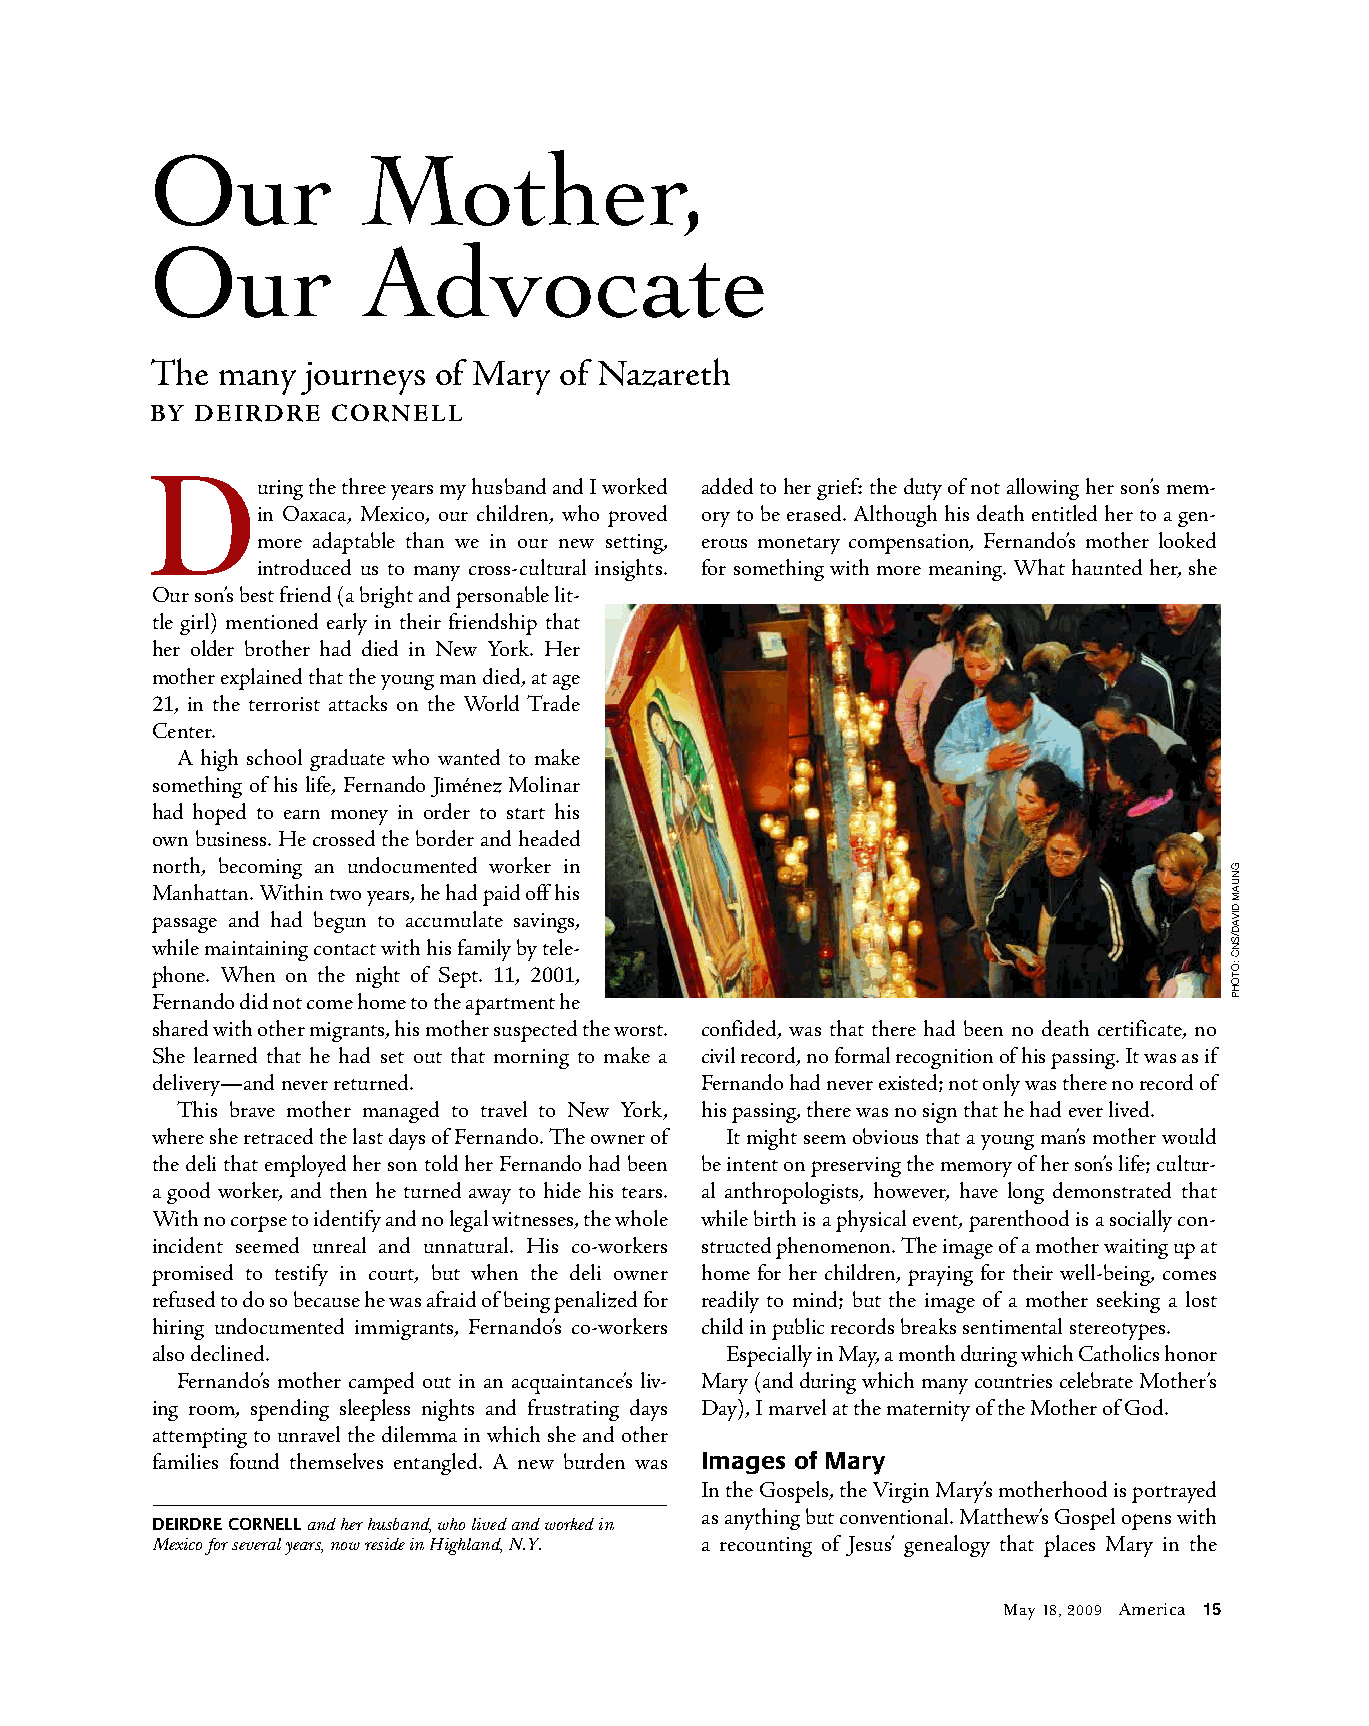
Our           Mother,
 Our           Advocate
 The many  journeys of Mary of Nazareth
 BY DEIRDRE  CORNELL
 D
 uring the three years my husband and I worked added to her grief: the duty of not allowing her son’s mem-
 in Oaxaca, Mexico, our children, who proved ory to be erased. Although his death entitled her to a gen-
 more adaptable than we in our new setting, erous monetary compensation, Fernando’s mother looked
 introduced us to many cross-cultural insights. for something with more meaning. What haunted her, she
 Our son’s best friend (a bright and personable lit-
 tle girl) mentioned early in their friendship that
 her older brother had died in New York. Her
 mother explained that the young man died, at age
 21, in the terrorist attacks on the World Trade
 Center.
 A high school graduate who wanted to make
 something of his life, Fernando Jiménez Molinar
 had hoped to earn money in order to start his
 own business. He crossed the border and headed
 north, becoming an undocumented worker in
 Manhattan. Within two years, he had paid off his
 passage and had begun to accumulate savings,
 while maintaining contact with his family by tele-
 phone. When on the night of Sept. 11, 2001,
 Fernando did not come home to the apartment he
 shared with other migrants, his mother suspected the worst. confided, was that there had been no death certificate, no
 She learned that he had set out that morning to make a civil record, no formal recognition of his passing. It was as if
 delivery—and never returned.        Fernando had never existed; not only was there no record of
 This brave mother managed to travel to New York, his passing, there was no sign that he had ever lived.
 where she retraced the last days of Fernando. The owner of It might seem obvious that a young man’s mother would
 the deli that employed her son told her Fernando had been be intent on preserving the memory of her son’s life; cultur-
 a good worker, and then he turned away to hide his tears. al anthropologists, however, have long demonstrated that
 With no corpse to identify and no legal witnesses, the whole while birth is a physical event, parenthood is a socially con-
 incident seemed unreal and unnatural. His co-workers structed phenomenon. The image of a mother waiting up at
 promised to testify in court, but when the deli owner home for her children, praying for their well-being, comes
 refused to do so because he was afraid of being penalized for readily to mind; but the image of a mother seeking a lost
 hiring undocumented immigrants, Fernando’s co-workers child in public records breaks sentimental stereotypes.
 also declined.                        Especially in May, a month during which Catholics honor
 Fernando’s mother camped out in an acquaintance’s liv- Mary (and during which many countries celebrate Mother’s
 ing room, spending sleepless nights and frustrating days Day), I marvel at the maternity of the Mother of God.
 attempting to unravel the dilemma in which she and other
 families found themselves entangled. A new burden was Images of Mary
 In the Gospels, the Virgin Mary’s motherhood is portrayed
 as anything but conventional. Matthew’s Gospel opens with
 DEIRDRE CORNELLand her husband, who lived and worked in
 Mexico for several years, now reside in Highland, N.Y. a recounting of Jesus’ genealogy that places Mary in the
 May 18, 2009 America 15
 GNUAM
 DIVAD/SNC
 :OTOHP